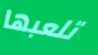
تلعبها